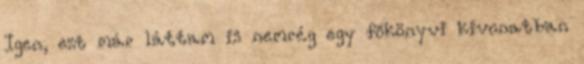
Igen, ezt már lát­tam is nem­rég egy főkönyvi kivonatban